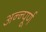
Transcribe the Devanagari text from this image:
अन्न्पूर्ण